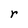
Character: r